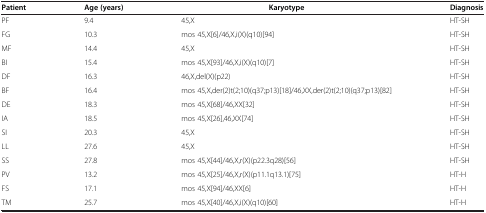
| Patient | Age (years) | Karyotype | Diagnosis |
 | --- | --- | --- | --- |
 | PF | 9.4 | 45,X | HT-SH |
 | FG | 10.3 | mos 45,X[6]/46,X,i(X)(q10)[94] | HT-SH |
 | MF | 14.4 | 45,X | HT-SH |
 | BI | 15.4 | mos 45,X[93]/46,X,i(X)(q10)[7] | HT-SH |
 | DF | 16.3 | 46,X,del(X)(p22) | HT-SH |
 | BF | 16.4 | mos 45,X,der(2)t(2;10)(q37;p13)[18]/46,XX,der(2)t(2;10)(q37;p13)[82] | HT-SH |
 | DE | 18.3 | mos 45,X[68]/46,XX[32] | HT-SH |
 | IA | 18.5 | mos 45,X[26],46,XX[74] | HT-SH |
 | SI | 20.3 | 45,X | HT-SH |
 | LL | 27.6 | 45,X | HT-SH |
 | SS | 27.8 | mos 45,X[44]/46,X,r(X)(p22.3q28)[56] | HT-SH |
 | PV | 13.2 | mos 45,X[25]/46,X,r(X)(p11.1q13.1)[75] | HT-H |
 | FS | 17.1 | mos 45,X[94]/46,XX[6] | HT-H |
 | TM | 25.7 | mos 45,X[40]/46,X,i(X)(q10)[60] | HT-H |